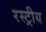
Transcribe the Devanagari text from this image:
रस्ट्रीय